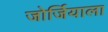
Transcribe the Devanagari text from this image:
जोर्जियाला